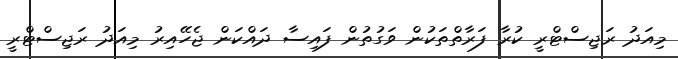
މިއަދު ރަޖިސްޓްރީ ކުރާ ފަރާތްތަކުން ވަގުތުން ފައިސާ ދައްކަން ޖެހޭއިރު މިއަދު ރަޖިސްޓްރީ